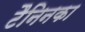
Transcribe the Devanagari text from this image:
टैनिनका